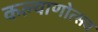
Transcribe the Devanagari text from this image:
कल्‍याणोत्‍सव